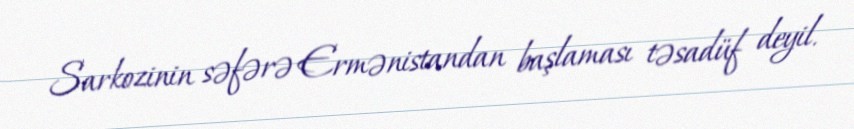
Sarkozinin səfərə Ermənistandan başlaması təsadüf deyil.